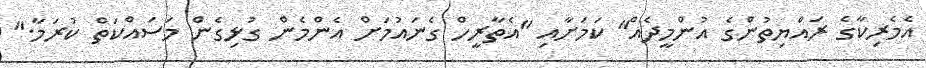
އެމެރިކާގެ ރައްޔިތުންގެ އުންމީދެއް" ކަމަށާއި "އެތާރީހް ގެނައުމަށް އެންމެން ގުޅިގެން މަސައްކަތް ކުރަމާ."